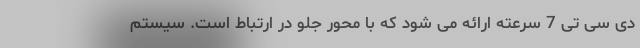
دی سی تی 7 سرعته ارائه می شود که با محور جلو در ارتباط است. سیستم